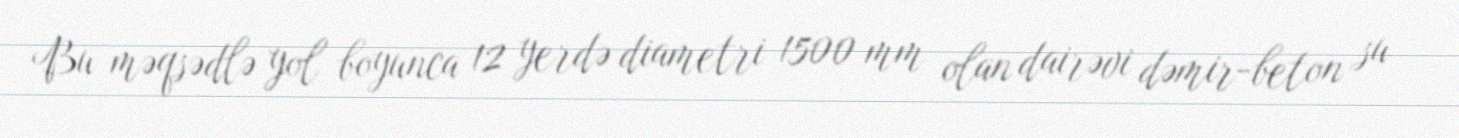
Bu məqsədlə yol boyunca 12 yerdə diametri 1500 mm olan dairəvi dəmir-beton su